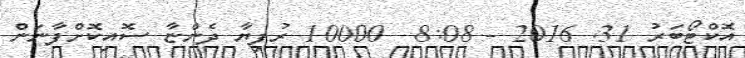
އޮކްޓޯބަރު 31